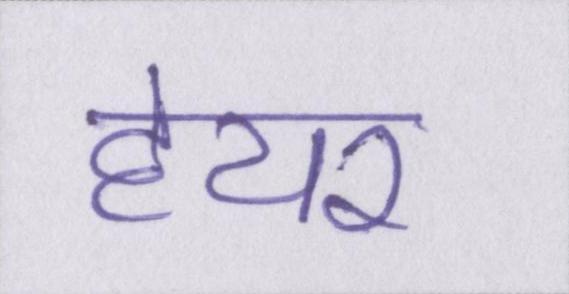
हेयर